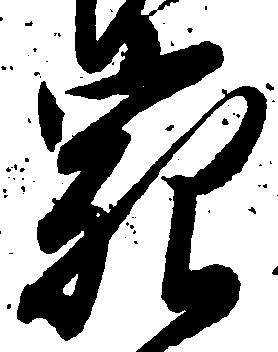
宛